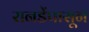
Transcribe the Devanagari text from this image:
रानडेंपासून